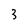
Character: 3